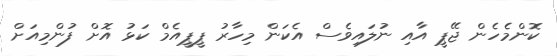
ކޮންމެހެން ޖޭޕީ އާއި ނުލައިވެސް އެކަން މިހާރު ޕީޕީއެމް ކަޅު އޮށް ފުންމިއަށް